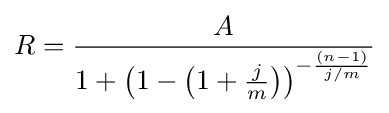
R={\frac {A}{1+\left(1-\left(1+{\frac {j}{m}}\right)\right)^{-{\frac {(n-1)}{j/m}}}}}